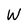
Character: W